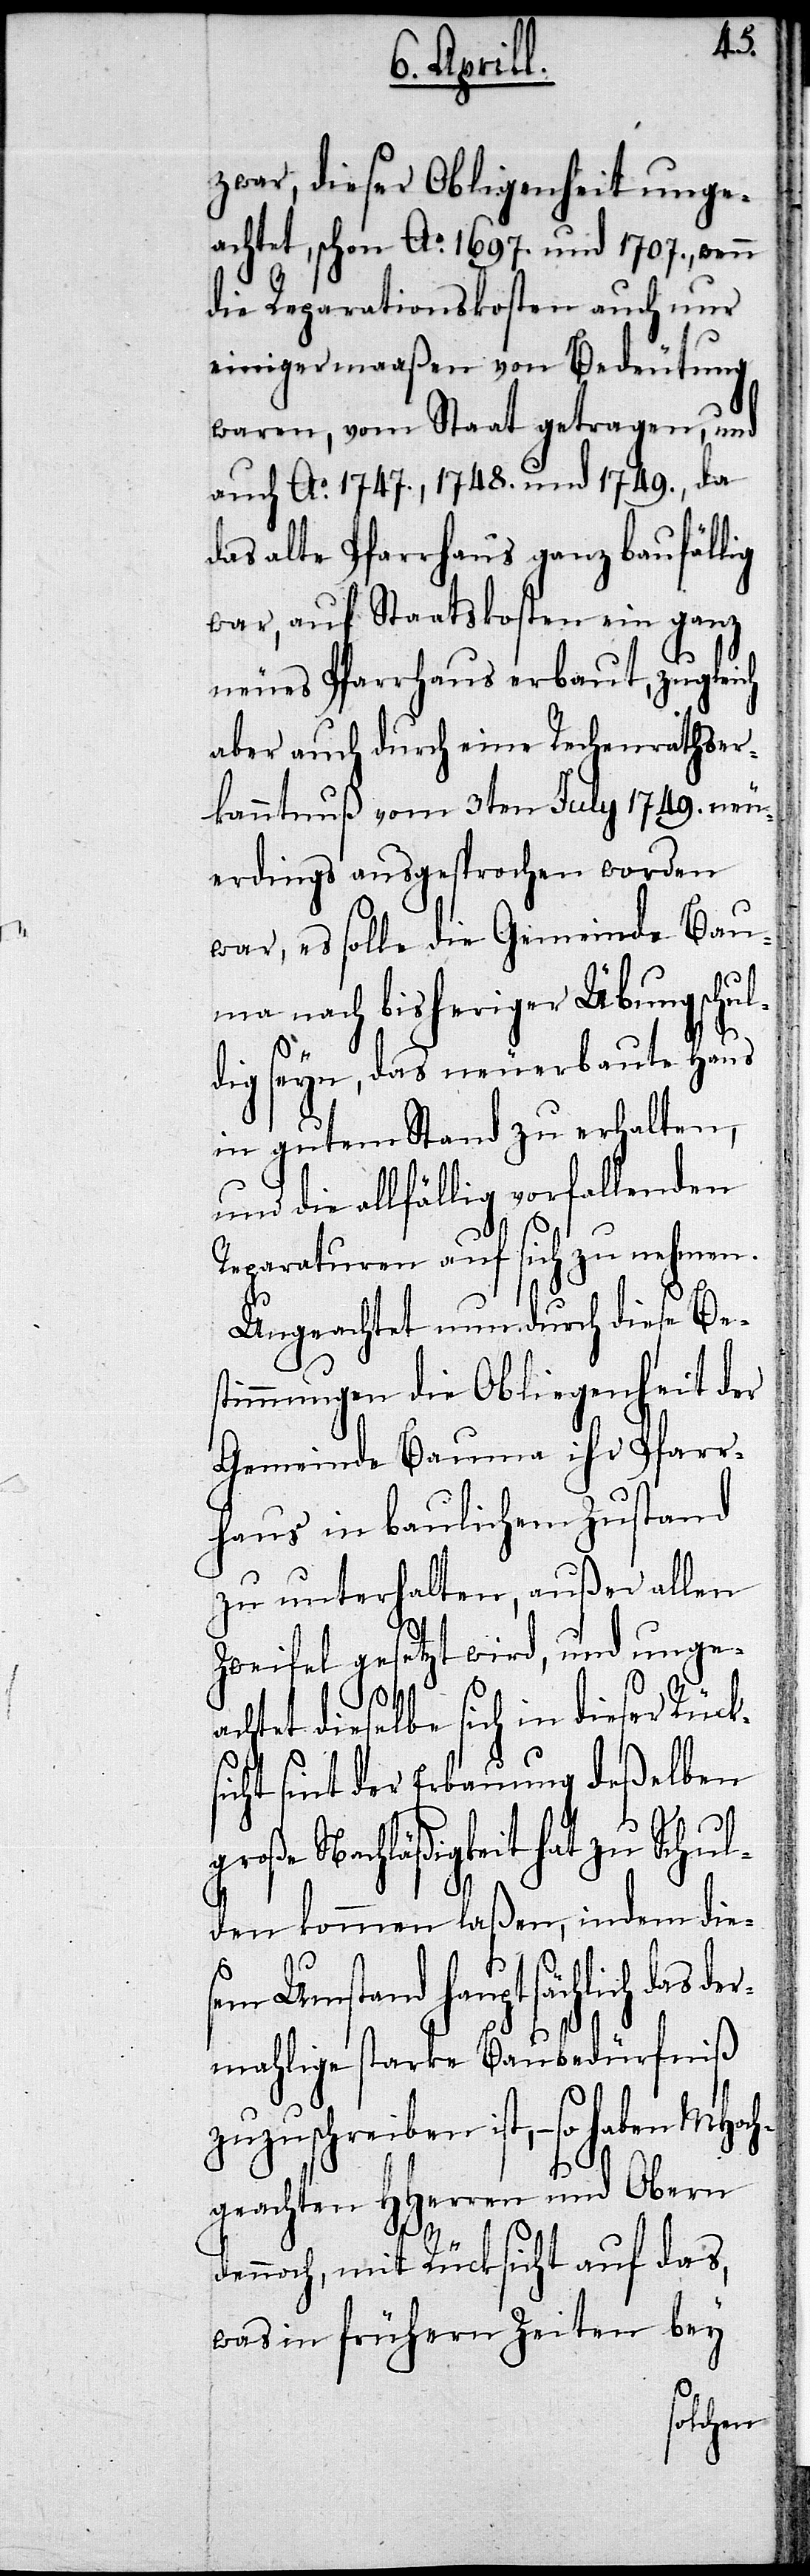
n MHoch¬
zwar, dieser Obliegenheit unge¬
achtet, schon Ao. 1697. und 1707., wenn
die Reparationskosten auch nur
eingermaaßen von Bedeutung
waren, vom Staat getragen, und
auch Ao. 1747., 1748. und 1749., da
alte Pfarrhaus erbaut, zugleich
aber auch durch eine Rechenrathser¬
kanntnuß vom 3ten July 1749. neu¬
erdings ausgesprochen worden
war, es solle die Gemeinde Bau¬
me nach bisheriger Übung schul¬
dig seyn, das neuerbaute Haus
in gutem Stand zu erhalten,
und die allfällig vorfallenden
Reparaturen auf sich zu nehmen.
Ungeachtet nun durch diese Be¬
stimmungen die Obliegenheit der
Gemeinde Baume ihr Pfarr¬
haus in baulichem Zustand
zu unterhalten, außer allen
Zweifel gesetzt wird, und ungeac¬
htet dieselbe sich in dieser Rücks¬
icht seit der Erbauung deßelben
große Nachläßigkeit hat zu Schul¬
den kommen laßen, indem die¬
sem Umstand hauptsächlich das der¬
mahlige starke Baubedürfniß
zuzuschreiben ist,– so habe¬
geachten HHerren und Obern
dennoch, mit Rücksicht auf das,
was in frühern Zeiten bey